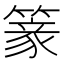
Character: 𥲰